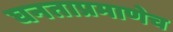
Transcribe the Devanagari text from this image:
घनताप्रमाणेच